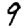
Digit: 9